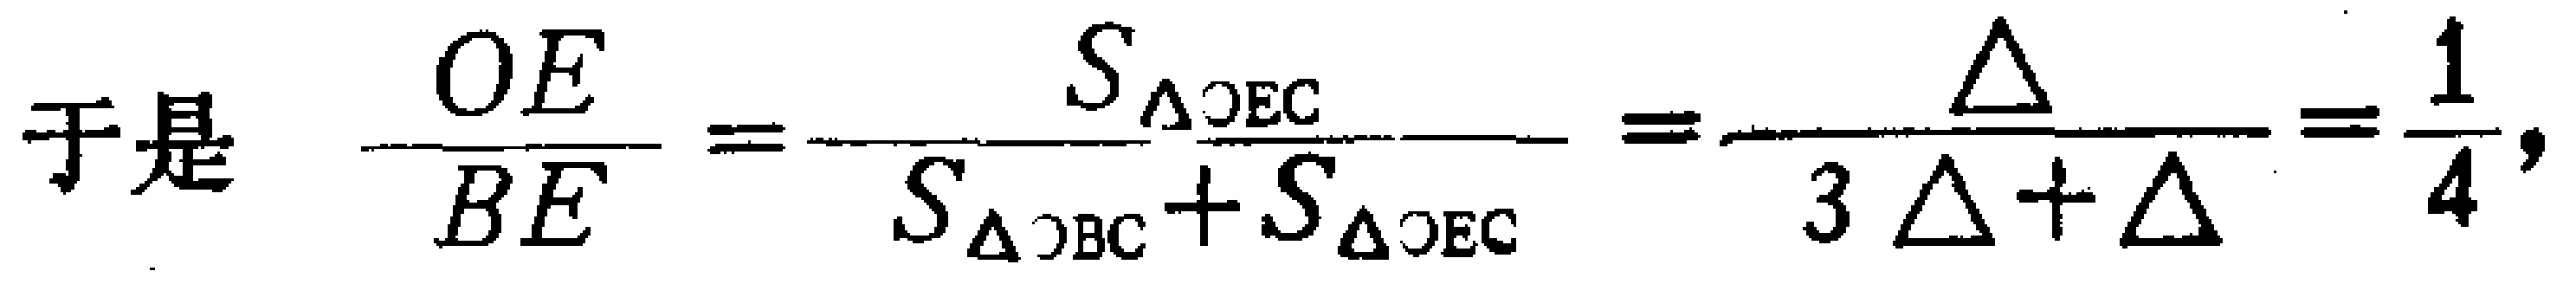
于是 \(\frac{OE}{BE}=\frac{S_{\triangle OEC}}{S_{\triangle OBC}+S_{\triangle OEC}}=\frac{\Delta}{3\Delta + \Delta}=\frac{1}{4},\)